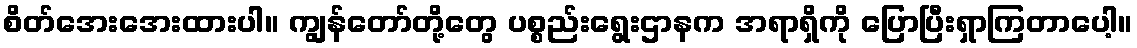
စိတ်အေးအေးထားပါ။ ကျွန်တော်တို့တွေ ပစ္စည်းရွေးဌာနက အရာရှိကို ပြောပြီးရှာကြတာပေါ့။